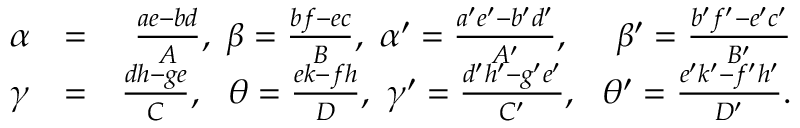
\begin{array} { r l r } { \alpha } & { = } & { \frac { a e - b d } { A } , ~ \beta = \frac { b f - e c } { B } , ~ \alpha ^ { \prime } = \frac { a ^ { \prime } e ^ { \prime } - b ^ { \prime } d ^ { \prime } } { A ^ { \prime } } , ~ ~ ~ ~ \beta ^ { \prime } = \frac { b ^ { \prime } f ^ { \prime } - e ^ { \prime } c ^ { \prime } } { B ^ { \prime } } } \\ { \gamma } & { = } & { \frac { d h - g e } { C } , ~ ~ \theta = \frac { e k - f h } { D } , ~ \gamma ^ { \prime } = \frac { d ^ { \prime } h ^ { \prime } - g ^ { \prime } e ^ { \prime } } { C ^ { \prime } } , ~ ~ \theta ^ { \prime } = \frac { e ^ { \prime } k ^ { \prime } - f ^ { \prime } h ^ { \prime } } { D ^ { \prime } } . } \end{array}